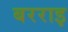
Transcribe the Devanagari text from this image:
बरराइ